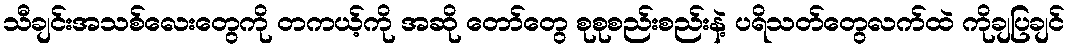
သီချင်းအသစ်လေးတွေကို တကယ့်ကို အဆို တော်တွေ စုစုစည်းစည်းနဲ့ ပရိသတ်တွေလက်ထဲ ကိုချပြချင်